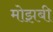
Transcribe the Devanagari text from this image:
मोझबी